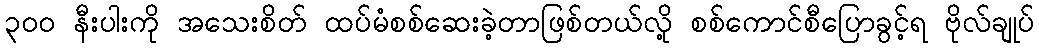
၃၀၀ နီးပါးကို အသေးစိတ် ထပ်မံစစ်ဆေးခဲ့တာဖြစ်တယ်လို့ စစ်ကောင်စီပြောခွင့်ရ ဗိုလ်ချုပ်